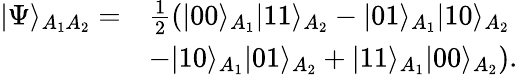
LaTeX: \begin{array}{rl}{\vert\Psi\rangle_{A_{1}A_{2}}=}&{\frac{1}{2}\left(\vert 00\rangle_{A_{1}}\vert 11\rangle_{A_{2}}-\vert 01\rangle_{A_{1}}\vert 10\rangle_{A_{2}}\right.}\\ &{\left.-\vert 10\rangle_{A_{1}}\vert 01\rangle_{A_{2}}+\vert 11\rangle_{A_{1}}\vert 00\rangle_{A_{2}}\right).}\end{array}